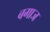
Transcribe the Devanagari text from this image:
बगाज